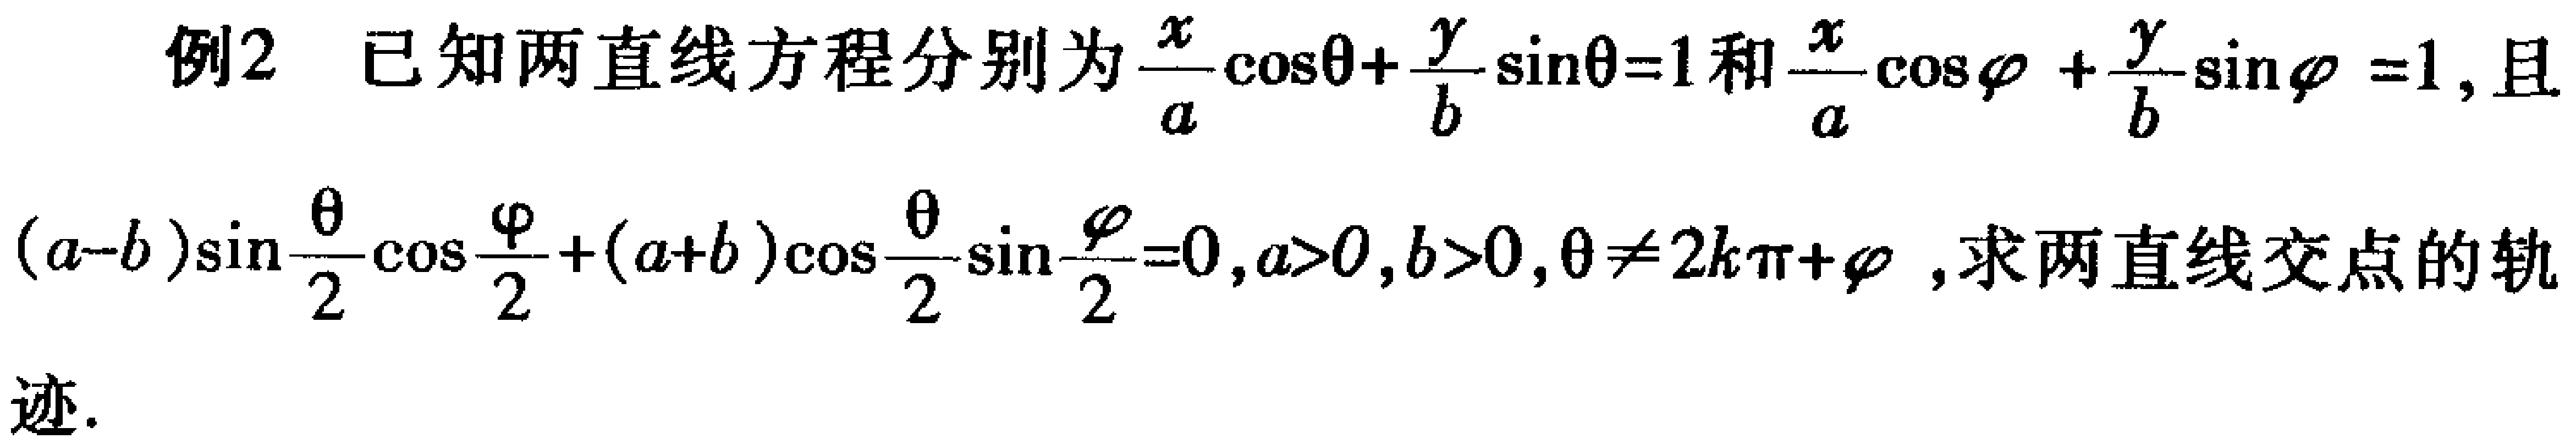
例2 已知两直线方程分别为$\frac{x}{a}\cos\theta+\frac{y}{b}\sin\theta = 1$和$\frac{x}{a}\cos\varphi+\frac{y}{b}\sin\varphi = 1$, 且
$(a - b)\sin\frac{\theta}{2}\cos\frac{\varphi}{2}+(a + b)\cos\frac{\theta}{2}\sin\frac{\varphi}{2}=0,a>0,b>0,\theta\neq2k\pi+\varphi$, 求两直线交点的轨
迹.